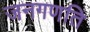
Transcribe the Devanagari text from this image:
जनगणति